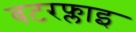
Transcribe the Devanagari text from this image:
बटरफ्लाइ